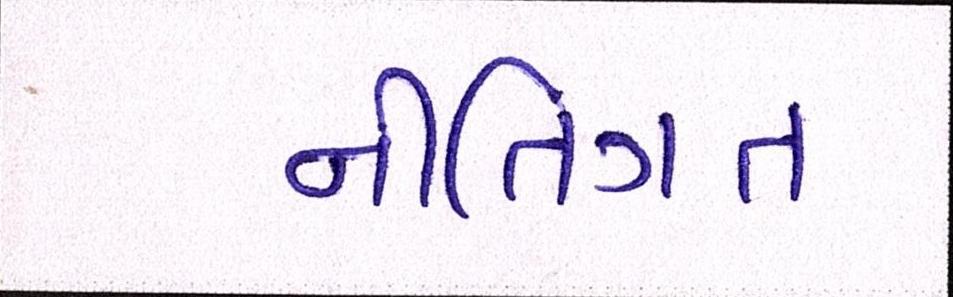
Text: નીતિગત